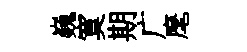
巍寞期广麾